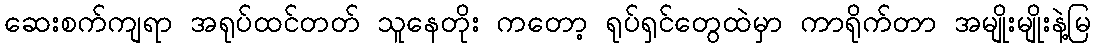
ဆေးစက်ကျရာ အရုပ်ထင်တတ် သူနေတိုး ကတော့ ရုပ်ရှင်တွေထဲမှာ ကာရိုက်တာ အမျိုးမျိုးနဲ့မြ